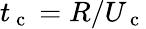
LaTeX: t_{\mathrm{~c~}}=R/U_{\mathrm{~c~}}